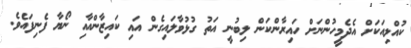
ކުއްލިއަކަށް އެދެމީހުންނަށް ހައިރާންކަން ލިބުނީ އަތު ގުޅުވާލައިގެން އައި ކައިޒާންއާއި ނޯޔާ ފެނިފައެވެ.